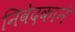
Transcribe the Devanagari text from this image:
निवेदकाने